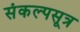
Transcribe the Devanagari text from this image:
संकल्पसूत्र